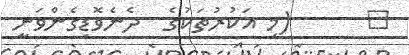
٢      (މި އަކުރުތަކުގެ  ދެނެވޮޑިގެންވަނީ